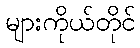
များကိုယ်တိုင်